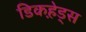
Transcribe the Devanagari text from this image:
डिकहे़ड्स